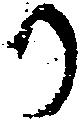
か